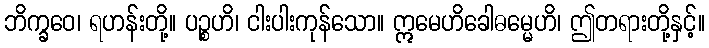
ဘိက္ခဝေ၊ ရဟန်းတို့။ ပဉ္စဟိ၊ ငါးပါးကုန်သော။ ဣမေဟိခေါဓမ္မေဟိ၊ ဤတရားတို့နှင့်။